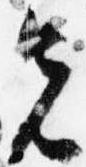
先